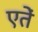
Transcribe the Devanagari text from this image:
एतें